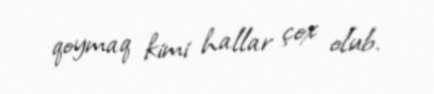
qoymaq kimi hallar çox olub.